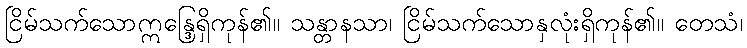
ငြိမ်သက်သောဣန္ဒြေရှိကုန်၏။ သန္တာနသာ၊ ငြိမ်သက်သောနှလုံးရှိကုန်၏။ တေသံ၊